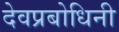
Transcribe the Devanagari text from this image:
देवप्रबोधिनी